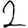
Digit: 2